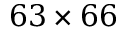
6 3 \times 6 6